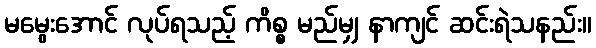
မမွေးအောင် လုပ်ရသည့် ကိစ္စ မည်မျှ နာကျင် ဆင်းရဲသနည်း။